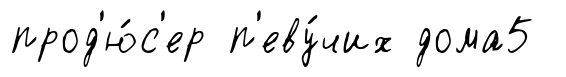
прод'ю́с'ер п'еву́чих дома5